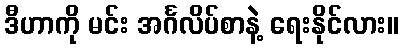
ဒီဟာကို မင်း အင်္ဂလိပ်စာနဲ့ ရေးနိုင်လား။